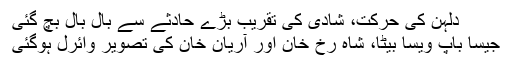
دلہن کی حرکت، شادی کی تقریب بڑے حادثے سے بال بال بچ گئی
جیسا باپ ویسا بیٹا، شاہ رخ خان اور آریان خان کی تصویر وائرل ہوگئی